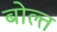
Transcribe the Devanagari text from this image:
बोल्त